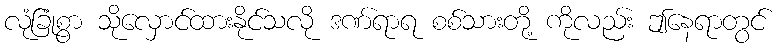
လုံခြုံစွာ သိုလှောင်ထားနိုင်သလို ဒဏ်ရာရ စစ်သားတို့ ကိုလည်း ဤနေရာတွင်